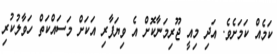
ކަމެއް ކަމަށެވެ. އަދި މިއީ ޖޫރިމަނާކޮށް އެ ވިޔަފާރި އަކަށް މަސައްކަތް ހަވާލުކުރި